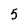
Character: 5